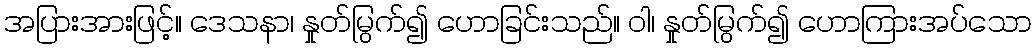
အပြားအားဖြင့်။ ဒေသနာ၊ နှုတ်မြွက်၍ ဟောခြင်းသည်။ ဝါ၊ နှုတ်မြွက်၍ ဟောကြားအပ်သော